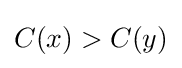
\displaystyle C(x)>C(y)